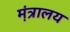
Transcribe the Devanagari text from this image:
म़ंत्रालय